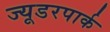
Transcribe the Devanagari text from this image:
ज्यूडरपार्क